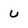
Character: u